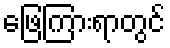
ဖြေကြားရာတွင်